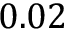
0 . 0 2